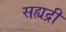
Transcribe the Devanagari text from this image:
सह्यद्री